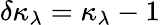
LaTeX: \delta\kappa_{\lambda}=\kappa_{\lambda}-1